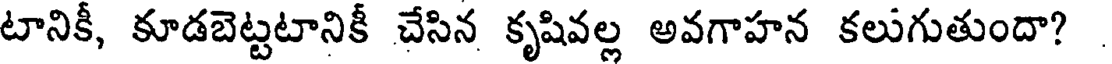
టానికీ, కూడబెట్టటానికీ చేసిన కృషివల్ల అవగాహన కలుగుతుందా?